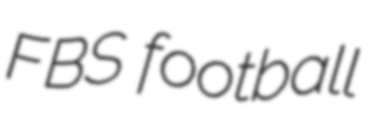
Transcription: FBS football